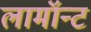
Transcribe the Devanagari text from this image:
लामॉन्ट